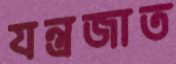
যন্ত্রজাত